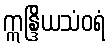
ဣန္ဒြိယသံဝရံ